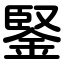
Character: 鋻